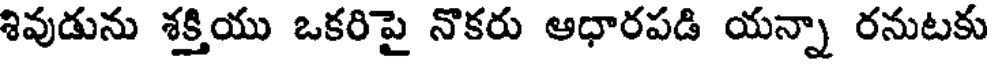
శివుడును శక్తియు ఒకరిపై నొకరు ఆధారపడి యన్నా రనుటకు